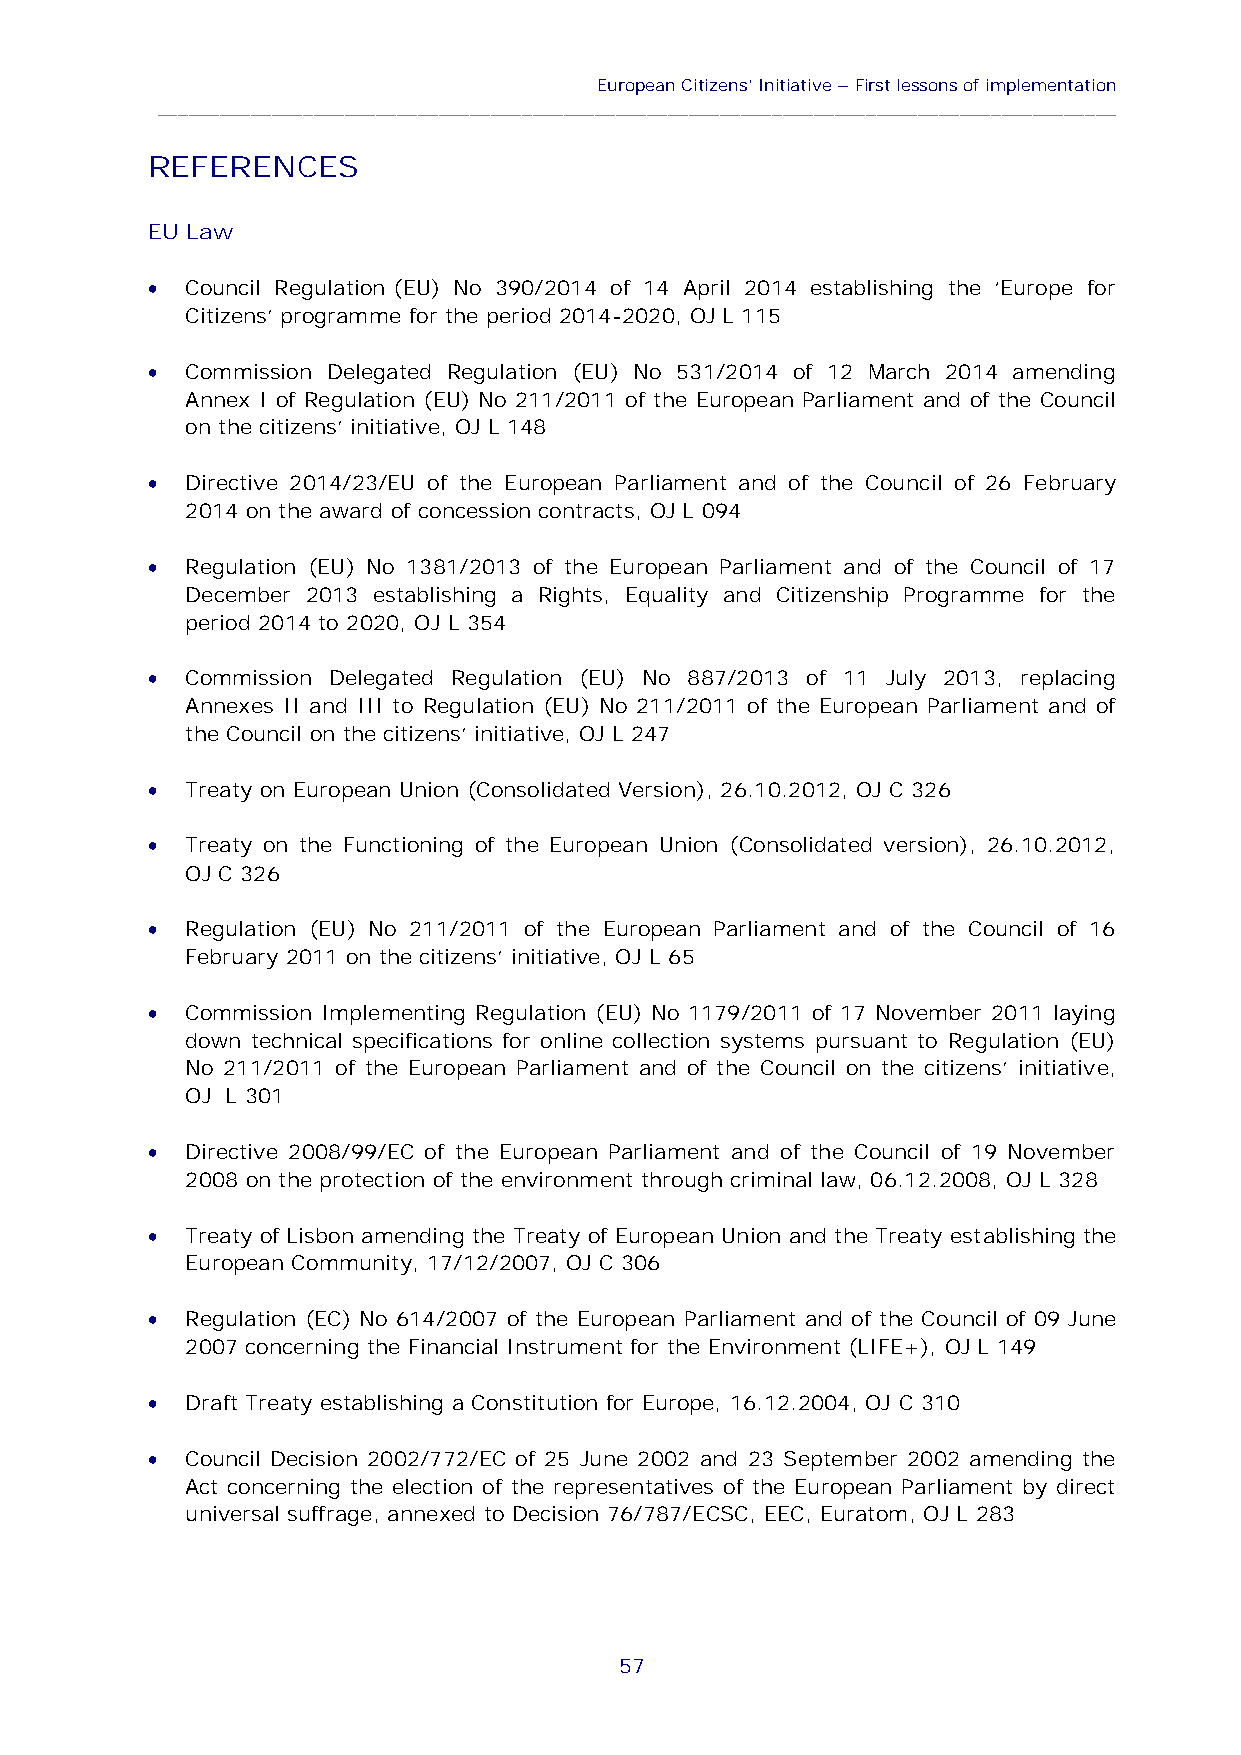
European Citizens’Initiative–First lessons of implementation
 ____________________________________________________________________________________________
 REFERENCES
 EU Law
 
 Council Regulation (EU) No 390/2014 of 14 April 2014 establishing the ‘Europe for
 Citizens’ programme for the period 2014-2020, OJ L 115
 
 Commission Delegated Regulation (EU) No 531/2014 of 12 March 2014 amending
 Annex I of Regulation (EU) No 211/2011 of the European Parliament and of the Council
 on the citizens' initiative, OJ L 148
 
 Directive 2014/23/EU of the European Parliament and of the Council of 26 February
 2014 on the award of concession contracts, OJ L 094
 
 Regulation (EU) No 1381/2013 of the European Parliament and of the Council of 17
 December 2013 establishing a Rights, Equality and Citizenship Programme for the
 period 2014 to 2020, OJ L 354
 
 Commission Delegated Regulation (EU) No 887/2013 of 11 July 2013, replacing
 Annexes II and III to Regulation (EU) No 211/2011 of the European Parliament and of
 the Council on the citizens’ initiative, OJ L 247
 
 Treaty on European Union (Consolidated Version), 26.10.2012, OJ C 326
 
 Treaty on the Functioning of the European Union (Consolidated version), 26.10.2012,
 OJ C 326
 
 Regulation (EU) No 211/2011 of the European Parliament and of the Council of 16
 February 2011 on the citizens’ initiative, OJ L 65
 
 Commission Implementing Regulation (EU) No 1179/2011 of 17 November 2011 laying
 down technical specifications for online collection systems pursuant to Regulation (EU)
 No 211/2011 of the European Parliament and of the Council on the citizens’ initiative,
 OJ L 301
 
 Directive 2008/99/EC of the European Parliament and of the Council of 19 November
 2008 on the protection of the environment through criminal law, 06.12.2008, OJ L 328
 
 Treaty of Lisbon amending the Treaty of European Union and the Treaty establishing the
 European Community, 17/12/2007, OJ C 306
 
 Regulation (EC) No 614/2007 of the European Parliament and of the Council of 09 June
 2007 concerning the Financial Instrument for the Environment (LIFE+), OJ L 149
 
 Draft Treaty establishing a Constitution for Europe, 16.12.2004, OJ C 310
 
 Council Decision 2002/772/EC of 25 June 2002 and 23 September 2002 amending the
 Act concerning the election of the representatives of the European Parliament by direct
 universal suffrage, annexed to Decision 76/787/ECSC, EEC, Euratom, OJ L 283
 57